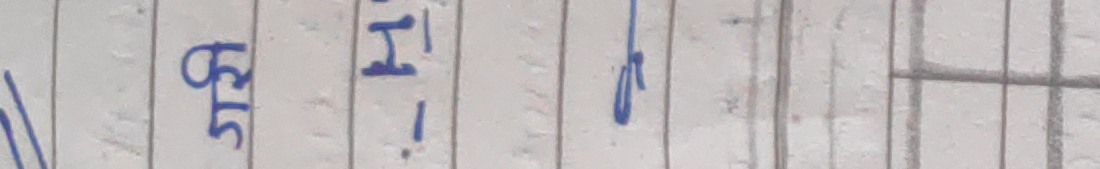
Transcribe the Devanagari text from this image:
५५ । b